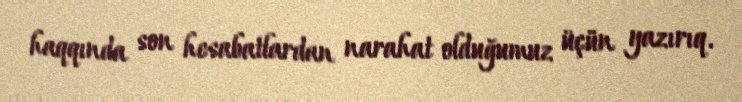
haqqında son hesabatlardan narahat olduğumuz üçün yazırıq.